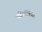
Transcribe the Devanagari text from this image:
असिपर्णिनी